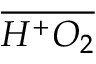
\overline { { H ^ { + } O _ { 2 } } }